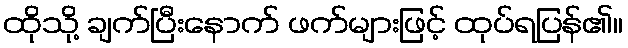
ထိုသို့ ချက်ပြီးနောက် ဖက်များဖြင့် ထုပ်ရပြန်၏။